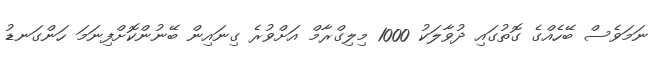
ނަމަވެސް ބޭހެއްގެ ގޮތުގައި ދުވާލަކު 1000 މިލިގްރާމް އަށްވުރެ ގިނައިން ބޭނުންކޮށްފިނަމަ ހަންގަނޑު